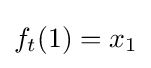
f_{t}(1)=x_{1}